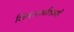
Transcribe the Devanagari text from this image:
शिक्क्याविषयी